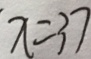
x = 3 7